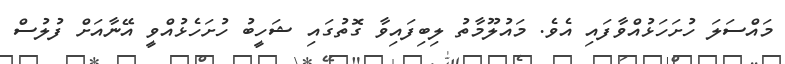
މައްސަލަ ހުށަހަޅުއްވާފައި އެވެ. މައުލޫމާތު ލިބިފައިވާ ގޮތުގައި ޝަހީބު ހުށަހެޅުއްވީ އޭނާއަށް ފުލުސް